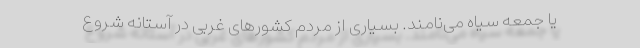
یا جمعه سیاه می‌نامند. بسیاری از مردم کشورهای غربی در آستانه شروع